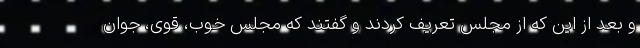
و بعد از این که از مجلس تعریف کردند و گفتند که مجلس خوب، قوی، جوان